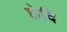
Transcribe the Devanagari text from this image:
छेदि